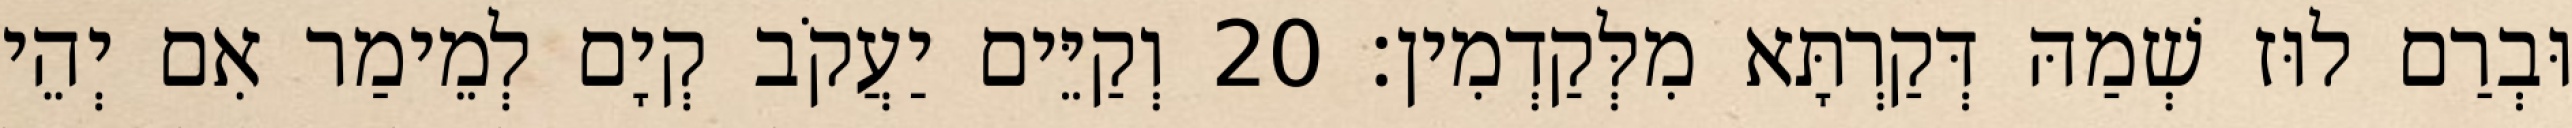
וּבְרַם לוּז שְׁמַהּ דְּקַרְתָּא מִלְּקַדְמִין׃ 20 וְקַיֵּים יַעֲקֹב קְיָם לְמֵימַר אִם יְהֵי